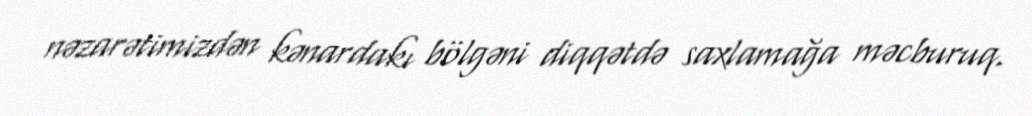
nəzarətimizdən kənardakı bölgəni diqqətdə saxlamağa məcburuq.